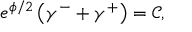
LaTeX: e ^ { \phi / 2 } \left( \gamma ^ { - } + \gamma ^ { + } \right) = \mathcal { C } ,